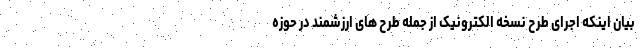
بیان اینکه اجرای طرح نسخه الکترونیک از جمله طرح های ارزشمند در حوزه